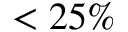
< 2 5 \%